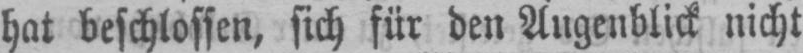
hat beschlossen, sich für den Augenblick nicht